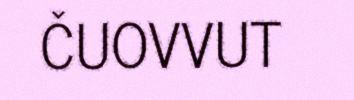
ČUOVVUT